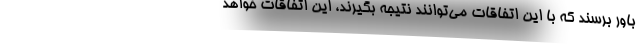
باور برسند که با این اتفاقات می‌توانند نتیجه بگیرند، این اتفاقات خواهد